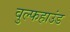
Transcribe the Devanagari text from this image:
वुल्फहाउंड